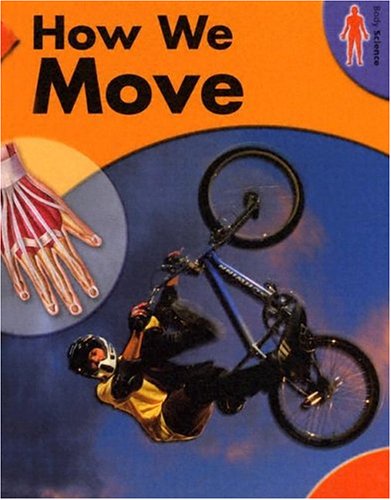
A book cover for How We Move (Body Science); Rufus Bellamy; Humor & Entertainment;